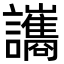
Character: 讗